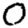
Digit: 0